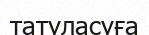
татуласуға